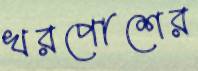
খরপোশের